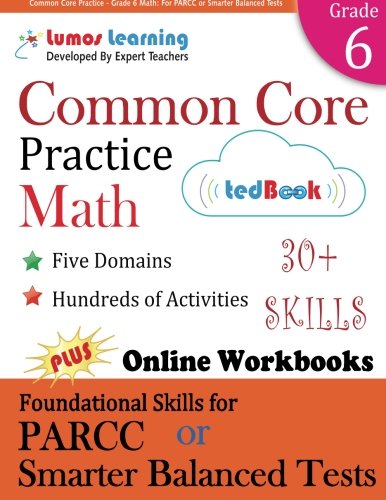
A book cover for Common Core Practice - Grade 6 Math: Workbooks to Prepare for the PARCC or Smarter Balanced Test: CCSS Aligned (CCSS Standards Practice) (Volume 8); Lumos Learning; Education & Teaching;